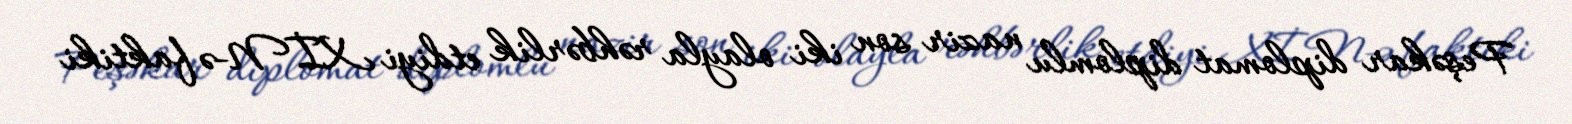
Peşəkar diplomat diplomlu nazir son iki olayla rəhbərlik etdiyi XİN-ə faktiki